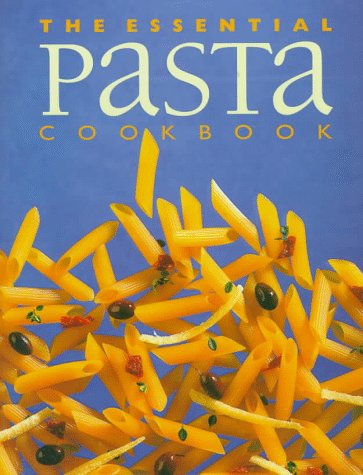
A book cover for The Essential Pasta Cookbook; Whitecap Books; Cookbooks, Food & Wine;